Leaving Certificate Examination (including Day School Certificate (Higher) General paper), 1933
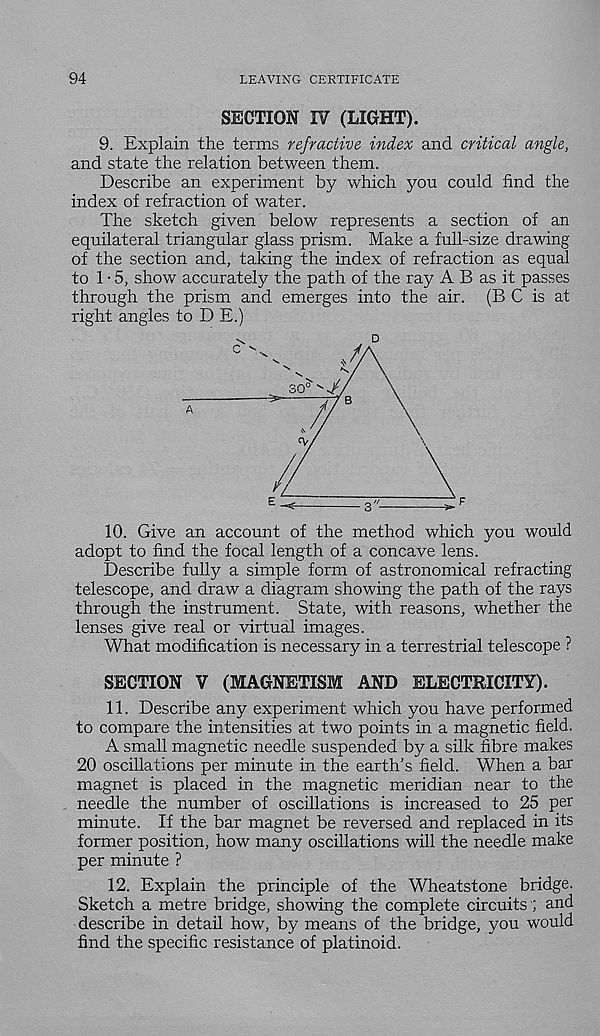
94
LEAVING CERTIFICATE
SECTION IV (LIGHT).
9. Explain the terms refractive index and critical angle,
and state the relation between them.
Describe an experiment by which you could find the
index of refraction of water.
The sketch given below represents a section of an
equilateral triangular glass prism. Make a full-size drawing
of the section and, taking the index of refraction as equal
to 1-5, show accurately the path of the ray A B as it passes
through the prism and emerges into the air. (B C is at
right angles to D E.)
n
A
10. Give an account of the method which you would
adopt to find the focal length of a concave lens.
Describe fully a simple form of astronomical refracting
telescope, and draw a diagram showing the path of the rays
through the instrument. State, with reasons, whether the
lenses give real or virtual images.
What modification is necessary in a terrestrial telescope ?
SECTION V (MAGNETISM AND ELECTRICITY).
11. Describe any experiment which you have performed
to compare the intensities at two points in a magnetic field.
A small magnetic needle suspended by a silk fibre makes
20 oscillations per minute in the earth’s field. When a bar
magnet is placed in the magnetic meridian near to the
needle the number of oscillations is increased to 25 per
minute. If the bar magnet be reversed and replaced in its
former position, how many oscillations will the needle make
per minute ?
12. Explain the principle of the Wheatstone bridge.
Sketch a metre bridge, showing the complete circuits •; and
describe in detail how, by means of the bridge, you would
find the specific resistance of platinoid.